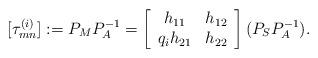
LaTeX: \begin{align*} [\tau_{mn}^{(i)}] :=P_{M} P_{A}^{-1} = \left[\begin{array}{cc} {h_{11} } & {h_{12} } \\ {q_{i} h_{21} } & {h_{22} } \end{array}\right] (P_{S} P_{A}^{-1}).\end{align*}